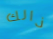
ذالك